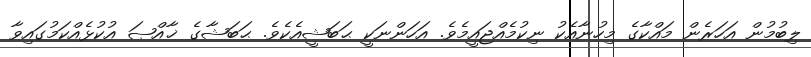
ލިބުމުން އަހަރެން މައްކާގެ މިހުނާއެކު ނިކުމެއްޖައީމެވެ. އަހަންނަކީ ޙަބަޝީއެކެވެ. ޙަބަޝާގެ ޚާއްޞަ އުކުޅެއްކަމުގައިވާ